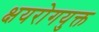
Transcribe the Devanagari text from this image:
क्षयरोगयुक्त